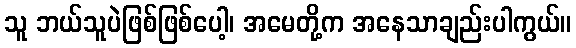
သူ ဘယ်သူပဲဖြစ်ဖြစ်ပေါ့၊ အမေတို့က အနေသာချည်းပါကွယ်။